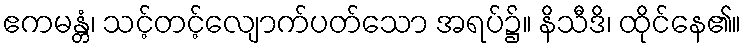
ဧကမန္တံ၊ သင့်တင့်လျောက်ပတ်သော အရပ်၌။ နိသီဒိ၊ ထိုင်နေ၏။